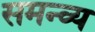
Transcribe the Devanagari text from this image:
समन्व्य